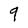
Character: 9